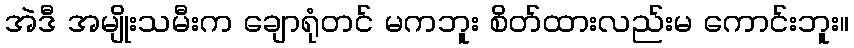
အဲဒီ အမျိုးသမီးက ချောရုံတင် မကဘူး စိတ်ထားလည်းမ ကောင်းဘူး။